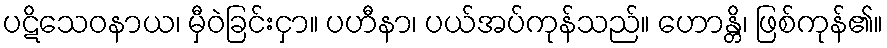
ပဋိသေဝနာယ၊ မှီဝဲခြင်းငှာ။ ပဟီနာ၊ ပယ်အပ်ကုန်သည်။ ဟောန္တိ၊ ဖြစ်ကုန်၏။